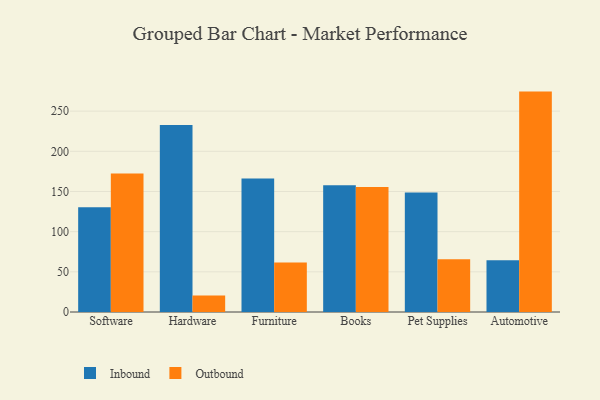
{"axis": {"x": "Category", "y": "Population (Million)"}, "legend": ["Inbound", "Outbound"], "data": [{"x": "Software", "y": 130.3, "type": "Inbound"}, {"x": "Software", "y": 172.3, "type": "Outbound"}, {"x": "Hardware", "y": 232.8, "type": "Inbound"}, {"x": "Hardware", "y": 20.6, "type": "Outbound"}, {"x": "Furniture", "y": 166.2, "type": "Inbound"}, {"x": "Furniture", "y": 61.6, "type": "Outbound"}, {"x": "Books", "y": 157.8, "type": "Inbound"}, {"x": "Books", "y": 155.6, "type": "Outbound"}, {"x": "Pet Supplies", "y": 148.7, "type": "Inbound"}, {"x": "Pet Supplies", "y": 65.7, "type": "Outbound"}, {"x": "Automotive", "y": 64.3, "type": "Inbound"}, {"x": "Automotive", "y": 274.3, "type": "Outbound"}]}